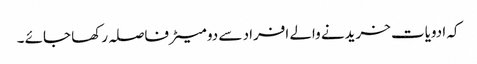
کہ ادویات خریدنے والے افراد سے دو میٹرفاصلہ رکھا جائے ۔